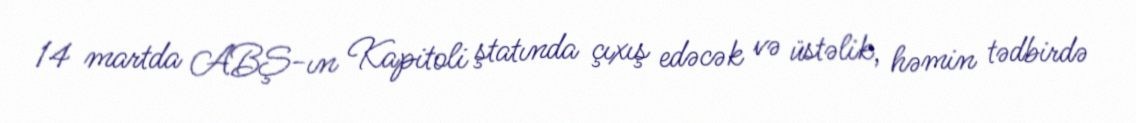
14 martda ABŞ-ın Kapitoli ştatında çıxış edəcək və üstəlik, həmin tədbirdə